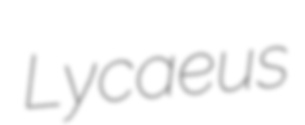
Lycaeus